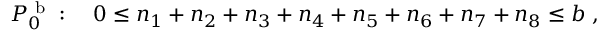
\begin{array} { r } { P _ { 0 } ^ { \mathrm { ~ b ~ } } : \quad 0 \le n _ { 1 } + n _ { 2 } + n _ { 3 } + n _ { 4 } + n _ { 5 } + n _ { 6 } + n _ { 7 } + n _ { 8 } \le b \; , } \end{array}